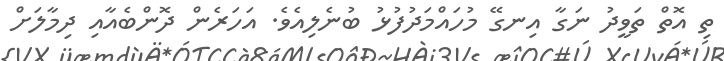
ތި އޮތް ތަވީދު ނަގާ އިނގޭ މުހައްމަދުފުޅު ބުނެލިއެވެ. އަހަރެން ދޮންބެއާއި ދިމާލަށް